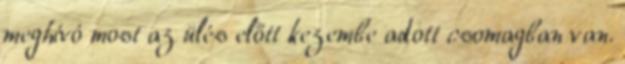
meghívó most az ülés előtt kezembe adott csomagban van.